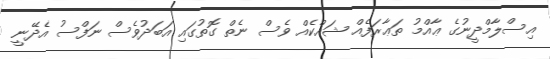
އިސްލާމްދީނުގެ ޢާއްމު ތަޢާރަފެއް ޝައްކެއް ވެސް ނެތް ގޮތުގައި އަބަދުވެސް ނަފްސު އެދޭނީ